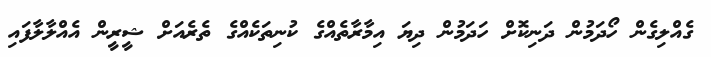
ގެއްލިގެން ހޯދަމުން ދަނިކޮށް ހަދަމުން ދިޔަ އިމާރާތެއްގެ ކުނިތަކެއްގެ ތެރެއަށް ޝީރީން އެއްލާލާފައި